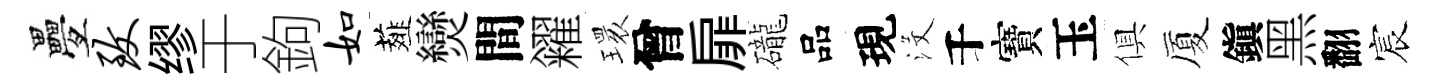
疊致缪于鉤如薤𤓖間糴𤨔曾扉礲品現沒千寶玉俱厦鎭黑翻宸